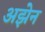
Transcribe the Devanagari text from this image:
अझेन